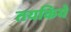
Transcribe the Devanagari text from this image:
तयकिये